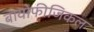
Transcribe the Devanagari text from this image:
बायोफीजिकल